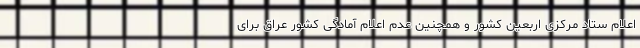
اعلام ستاد مرکزی اربعین کشور و همچنین عدم اعلام آمادگی کشور عراق برای